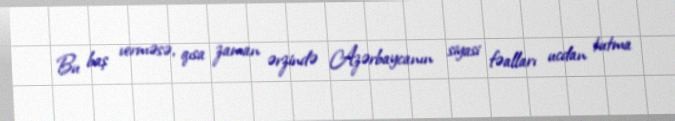
Bu baş verməsə, qısa zaman ərzində Azərbaycanın siyasi fəalları ucdan tutma